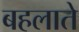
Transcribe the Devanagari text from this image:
बहलाते